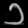
Digit: ၁